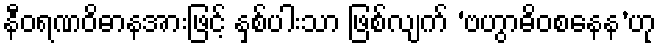
နီဝရဏဝိဓာနအားဖြင့် နှစ်ပါးသာ ဖြစ်လျက် ‘ဗဟွာဓိဝစနေန’ဟု